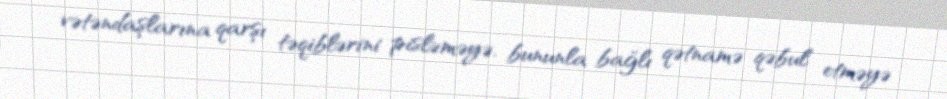
vətəndaşlarına qarşı təqiblərini pisləməyə, bununla bağlı qətnamə qəbul etməyə